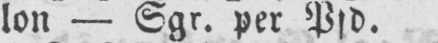
lon - Sgr. per Pfd.